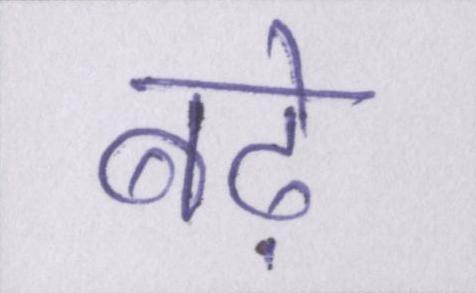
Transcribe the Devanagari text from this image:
बढ़े